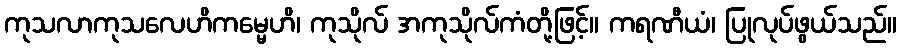
ကုသလာကုသလေဟိကမ္မေဟိ၊ ကုသိုလ် အကုသိုလ်ကံတို့ဖြင့်။ ကရဏီယံ၊ ပြုလုပ်ဖွယ်သည်။